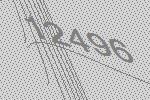
12496